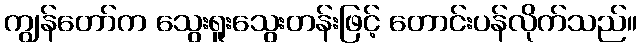
ကျွန်တော်က သွေးရူးသွေးတန်းဖြင့် တောင်းပန်လိုက်သည်။